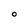
Character: O